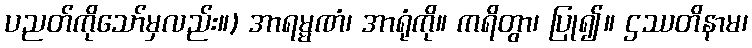
ပညတ်ကိုသော်မှလည်း။) အာရမ္မဏံ၊ အာရုံကို။ ကရိတွာ၊ ပြု၍။ ဌဿတိနာမ၊